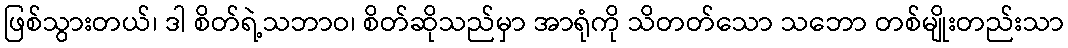
ဖြစ်သွားတယ်၊ ဒါ စိတ်ရဲ့သဘာဝ၊ စိတ်ဆိုသည်မှာ အာရုံကို သိတတ်သော သဘော တစ်မျိုးတည်းသာ